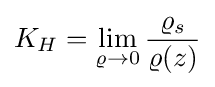
K_{H}=\lim _{\varrho \rightarrow 0}{\frac {\varrho _{s}}{\varrho (z)}}